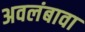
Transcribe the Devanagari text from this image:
अवलंबावा